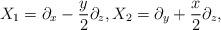
LaTeX: \begin{align*} X_1=\partial_x-\frac{y}2\partial_z,X_2=\partial_y+\frac{x}2\partial_z,\end{align*}